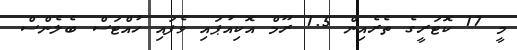
މީ 17 ކޮޓަރީގެ ތެރެއިން 1.5 ރޫމް އޮކިއުޕައި ވެފައި ހުއްޓަސް ބެލެންސް